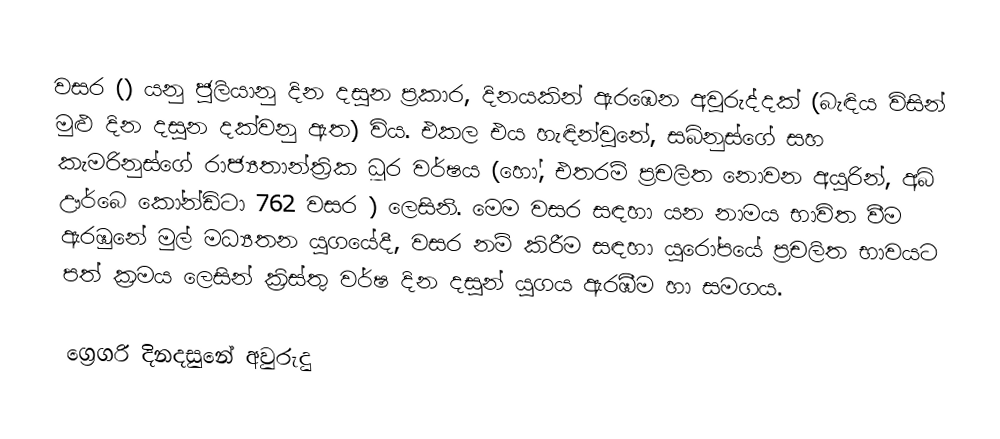

වසර   () යනු  ජූලියානු දින දසුන ප්‍රකාර,    දිනයකින් ඇරඹෙන  අවුරුද්දක්   (බැඳිය විසින් මුළු දින දසුන දක්වනු ඇත)  විය. එකල එය හැඳින්වුනේ, සබිනුස්ගේ සහ  කැමරිනුස්ගේ  රාජ්‍යතාන්ත්‍රික  ධූර වර්ෂය  (හෝ, එතරම් ප්‍රචලිත නොවන අයුරින්,  අබ් ඌර්බෙ කෝන්ඩිටා 	762	  වසර  ) ලෙසිනි. මෙම වසර සඳහා   යන නාමය භාවිත වීම ඇරඹුනේ මුල් මධ්‍යතන යුගයේදී, වසර නම් කිරීම සඳහා යුරෝපයේ ප්‍රචලිත භාවයට පත් ක්‍රමය ලෙසින් ක්‍රිස්තු වර්ෂ දින දසුන් යුගය ඇරඹීම හා සමගය.

ග්‍රෙගරි දිනදසුනේ අවුරුදු